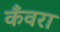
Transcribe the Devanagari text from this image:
कँवरा